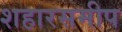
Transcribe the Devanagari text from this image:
शहारसमीप